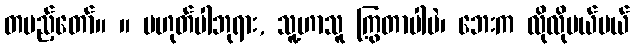
တပည့်တော်။ ။ မဟုတ်ပါဘုရား, သူ့ဟာသူ ကြွတာပါပဲ၊ ဘေးက လိုလိုမယ်မယ်